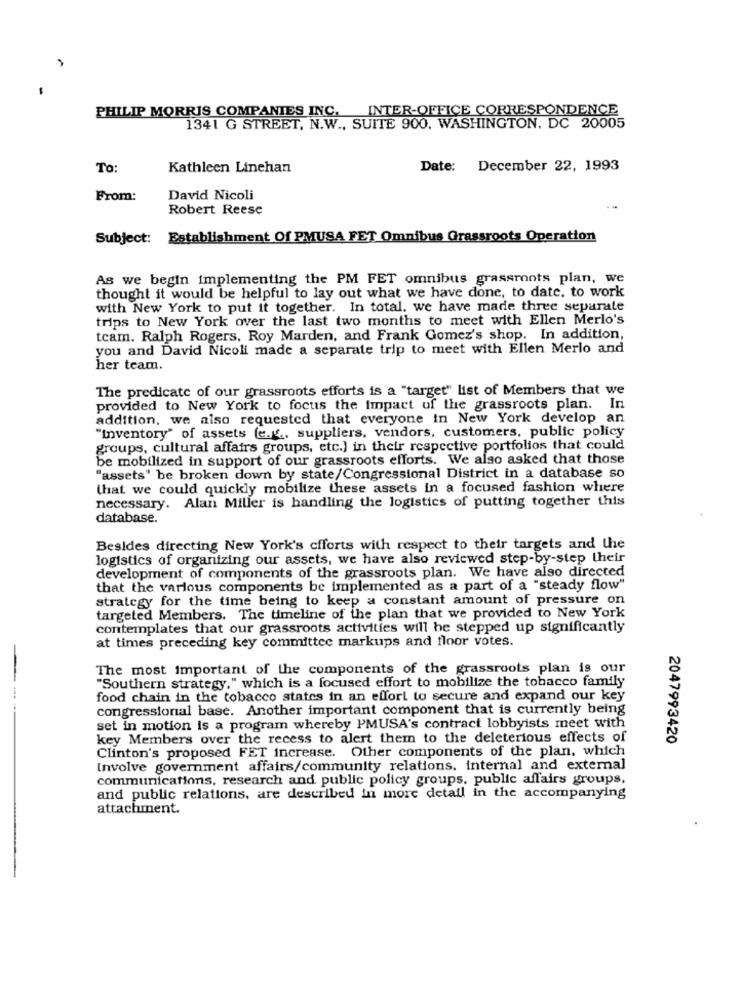
PHILIP MORRIS COMPANIES INC. INTER-OFFICE CORRESPONDENCE
1341 G STREET, N.W ., SUITE 900. WASHINGTON, DC 20005
To:
Kathleen Linehan
Date:
December 22, 1993
From:
David Nicoli
Robert Reese
Subject: Establishment Of PMUSA FET Omnibus Grassroots Operation
As we begin implementing the PM FET omnibus grassroots plan, we
thought it would be helpful to lay out what we have done, to date, to work
with New York to put it together. In total. we have made three separate
trips to New York over the last two months to meet with Ellen Merlo's
team. Ralph Rogers, Roy Marden, and Frank Gomez's shop. In addition,
you and David Nicoli made a separate trip to meet with Ellen Merlo and
her team.
The predicate of our grassroots efforts is a "target" list of Members that we
provided to New York to focus the impact of the grassroots plan. In
addition, we also requested that everyone in New York develop an
"inventory" of assets (e.g ., suppliers, vendors, customers, public policy
groups, cultural affairs groups, etc.) in their respective portfolios that could
be mobilized in support of our grassroots efforts. We also asked that those
"assets" be broken down by state/Congressional District in a database so
that we could quickly mobilize these assets in a focused fashion where
necessary. Alan Miller is handling the logistics of putting together this
database.
Besides directing New York's cfforts with respect to their targets and the
logistics of organizing our assets, we have also reviewed step-by-step their
development of components of the grassroots plan. We have also directed
that the various components be implemented as a part of a "steady flow"
strategy for the time being to keep a constant amount of pressure on
targeted Members. The timeline of the plan that we provided to New York
contemplates that our grassroots activities will he stepped up significantly
at times preceding key committee markups and floor votes.
The most important of the components of the grassroots plan is our
"Southern strategy," which is a focused effort to mobilize the tobacco family
food chain in the tobacco states in an effort to secure and expand our key
congressional base. Another important component that is currently being
set in motion is a program whereby PMUSA's contract lobbyists meet with
key Members over the recess to alert them to the deleterious effects of
2047993420
Clinton's proposed FET increase. Other components of the plan. which
Involve government affairs/community relations. internal and external
communications, research and public policy groups, public affairs groups,
and public relations, are described in more detail in the accompanying
attachment.